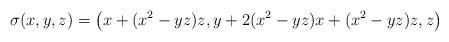
LaTeX: \begin{align*} \sigma(x,y,z) = \left(x+(x^2-yz)z, y+2(x^2-yz)x+(x^2-yz)z,z\right) \end{align*}